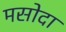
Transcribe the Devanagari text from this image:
मसोदा